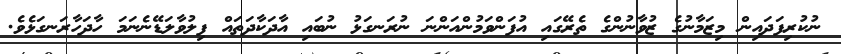
ނުކުރިފަދައިން މިޒަމާނުގެ ޒުވާނުންގެ ތެރޭގައި އުފަންވަމުންއަންނަ ނުރަނގަޅު ނުބައި އާދަކާދަތައް ފިލުވާލަޑޭނެނަމަ ހާދަހާރަނގަޅެވެ.